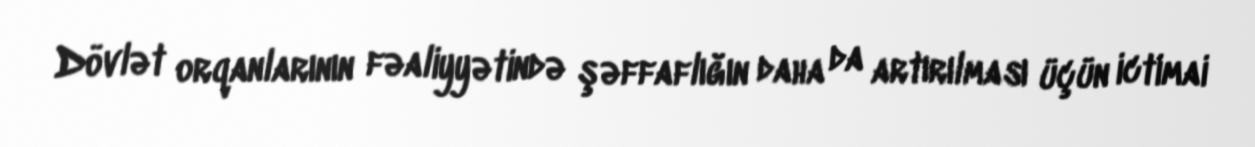
Dövlət orqanlarının fəaliyyətində şəffaflığın daha da artırılması üçün ictimai